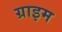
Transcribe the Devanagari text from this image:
ग्राइम